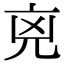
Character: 𠒋